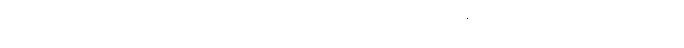
မင်းသားကလေး အင်ဒရေက တပ်ဗိုလ်ကလေးထံ စီးသွား၍ ပြောလိုက်၏။